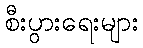
စီးပွားရေးများ